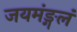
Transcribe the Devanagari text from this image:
जयमंङ्गलं